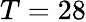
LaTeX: T=28